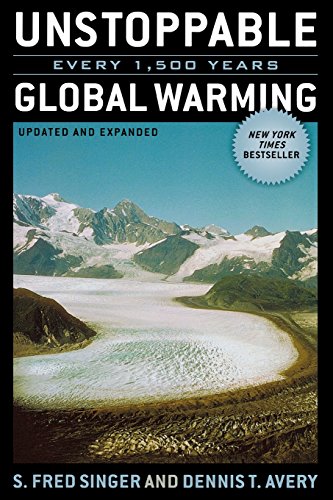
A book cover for Unstoppable Global Warming: Every 1,500 Years, Updated and Expanded Edition; S. Fred Singer; Science & Math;